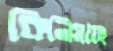
কিনিয়াছে